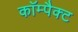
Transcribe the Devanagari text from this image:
काॅम्पैक्ट